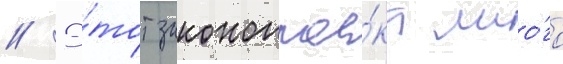
// Э́тот законопрое́кт мно́го